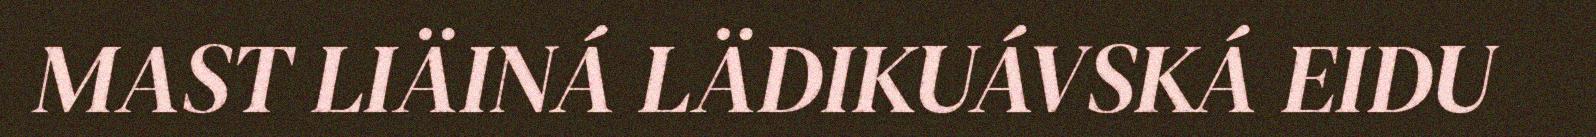
MAST LIÄINÁ LÄDIKUÁVSKÁ EIDU